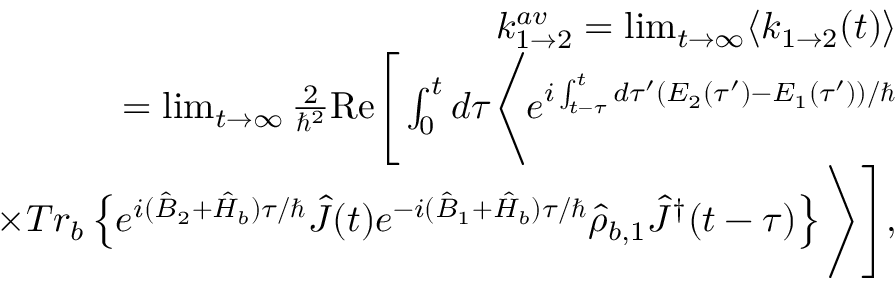
\begin{array} { r l r } & { } & { k _ { 1 \rightarrow 2 } ^ { a v } = \operatorname* { l i m } _ { t \rightarrow \infty } \langle k _ { 1 \rightarrow 2 } ( t ) \rangle } \\ & { } & { = \operatorname* { l i m } _ { t \rightarrow \infty } \frac { 2 } { \hbar ^ { 2 } } \mathrm { R e } \Bigg [ \int _ { 0 } ^ { t } d \tau \Bigg \langle e ^ { i \int _ { t - \tau } ^ { t } d \tau ^ { \prime } ( E _ { 2 } ( \tau ^ { \prime } ) - E _ { 1 } ( \tau ^ { \prime } ) ) / \hbar } } \\ & { } & { \times T r _ { b } \left\{ e ^ { i ( \hat { B } _ { 2 } + \hat { H } _ { b } ) \tau / \hbar } \hat { J } ( t ) e ^ { - i ( \hat { B } _ { 1 } + \hat { H } _ { b } ) \tau / \hbar } \hat { \rho } _ { b , 1 } \hat { J } ^ { \dagger } ( t - \tau ) \right\} \Bigg \rangle \Bigg ] , } \end{array}